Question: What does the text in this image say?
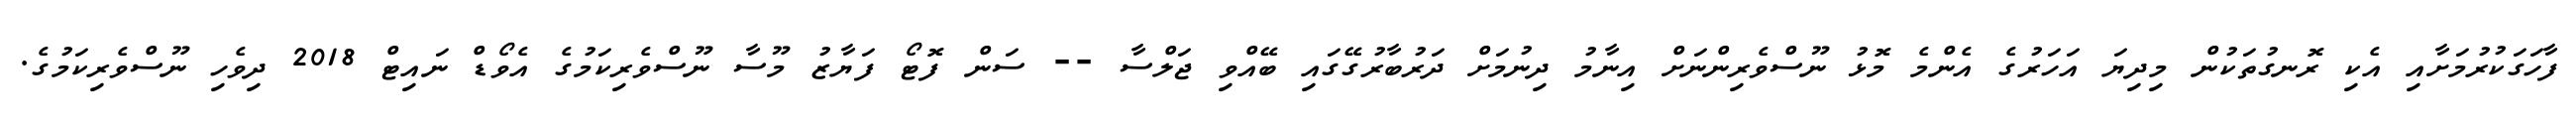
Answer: ފާހަގަކުރުމަށާއި އެކި ރޮނގުތަކުން މިދިޔަ އަހަރުގެ އެންމެ މޮޅު ނޫސްވެރިންނަށް އިނާމު ދިނުމަށް ދަރުބާރުގޭގައި ބޭއްވި ޖަލްސާ -- ސަން ފޮޓޯ ފަޔާޒު މޫސާ ނޫސްވެރިކަމުގެ އެވޯޑް ނައިޓް 2018 ދިވެހި ނޫސްވެރިކަމުގެ.